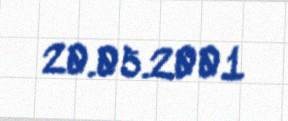
20.05.2001